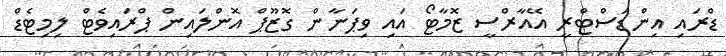
ޑްރައި އިންޑަސްޓްރީ އޭއާރްސީ ޒޮމާޓޯ އައި ވިޕަނާން ގޮޒޫޕް އޮންލައިން ޕްރައިވެޓް ލިމިޓެޑް